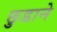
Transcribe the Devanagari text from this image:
छ़ुडाने